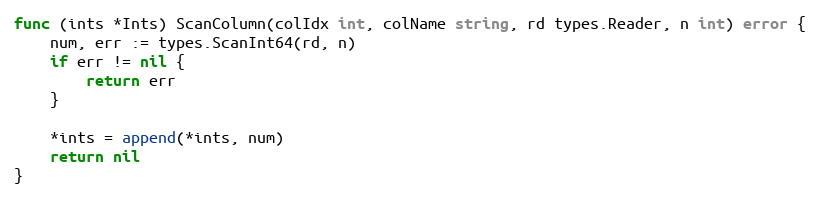
Language: Go
func (ints *Ints) ScanColumn(colIdx int, colName string, rd types.Reader, n int) error {
	num, err := types.ScanInt64(rd, n)
	if err != nil {
		return err
	}

	*ints = append(*ints, num)
	return nil
}